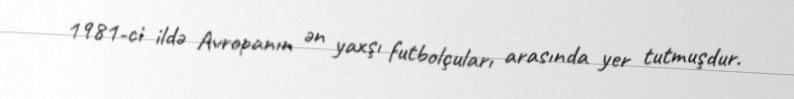
1981-ci ildə Avropanın ən yaxşı futbolçuları arasında yer tutmuşdur.